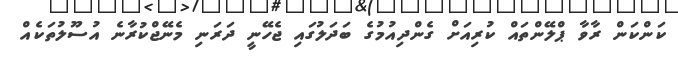
ކަންކަން ރާވާ ޕްލޭންތައް ކުރިއަށް ގެންދިއުމުގެ ބަދަލުގައި ޖެހޭނީ ދަރަނި މެނޭޖްކުރާނެ އުސޫލުތަކެއް